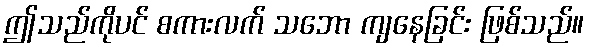
ဤသည်ကိုပင် စကားလက် သဘော ကျနေခြင်း ဖြစ်သည်။